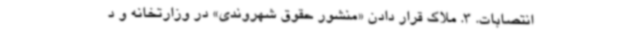
انتصابات. 3. ملاک قرار دادن «منشور حقوق شهروندی» در وزارتخانه و د